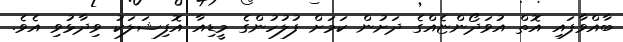
ބާއްވާފައި އޮތް އުވަދޯންޏެއްގެ ދަށުން ކަމަށް ފުލުހުންގެ މީޑިއާ އޮފިޝަލަކު ވިދާޅުވި އެވެ.